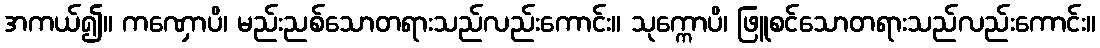
အကယ်၍။ ကဏှောပိ၊ မည်းညစ်သောတရားသည်လည်းကောင်း။ သုက္ကောပိ၊ ဖြူစင်သောတရားသည်လည်းကောင်း။